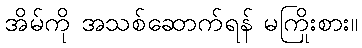
အိမ်ကို အသစ်ဆောက်ရန် မကြိုးစား။